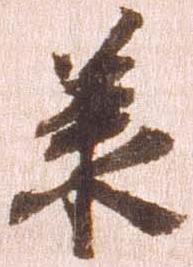
承